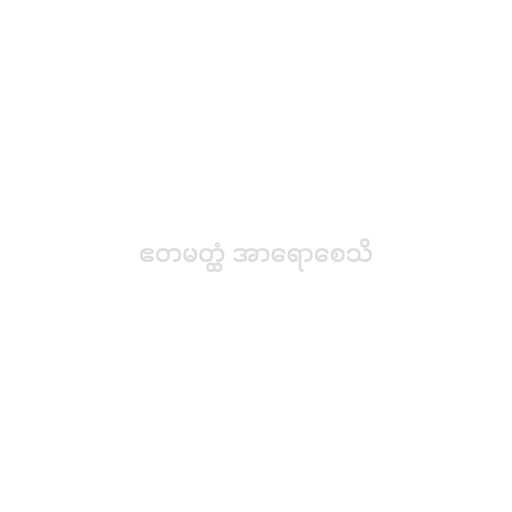
ဧတမတ္ထံ အာရောစေသိ